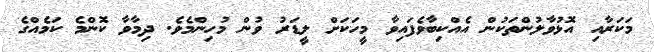
މަކަރާއި އޮޅުވާލުންތަކުން އެއްކިބާވެފައިވާ މީހަކަށް ލީޑަރު ވުން މުހިންމެވެ. ދިމާވާ ކޮންމެ ކަމެއްގެ